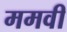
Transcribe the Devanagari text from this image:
ममवी